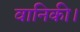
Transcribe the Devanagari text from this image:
वानिकी।